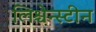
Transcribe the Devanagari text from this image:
लिश्चेन्स्टीन